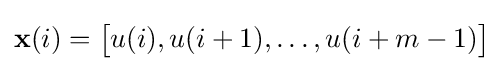
\mathbf {x} (i)={\big [}u(i),u(i+1),\ldots ,u(i+m-1){\big ]}